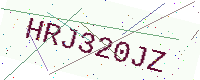
Text: HRJ320JZ